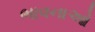
ભાવનાઓ